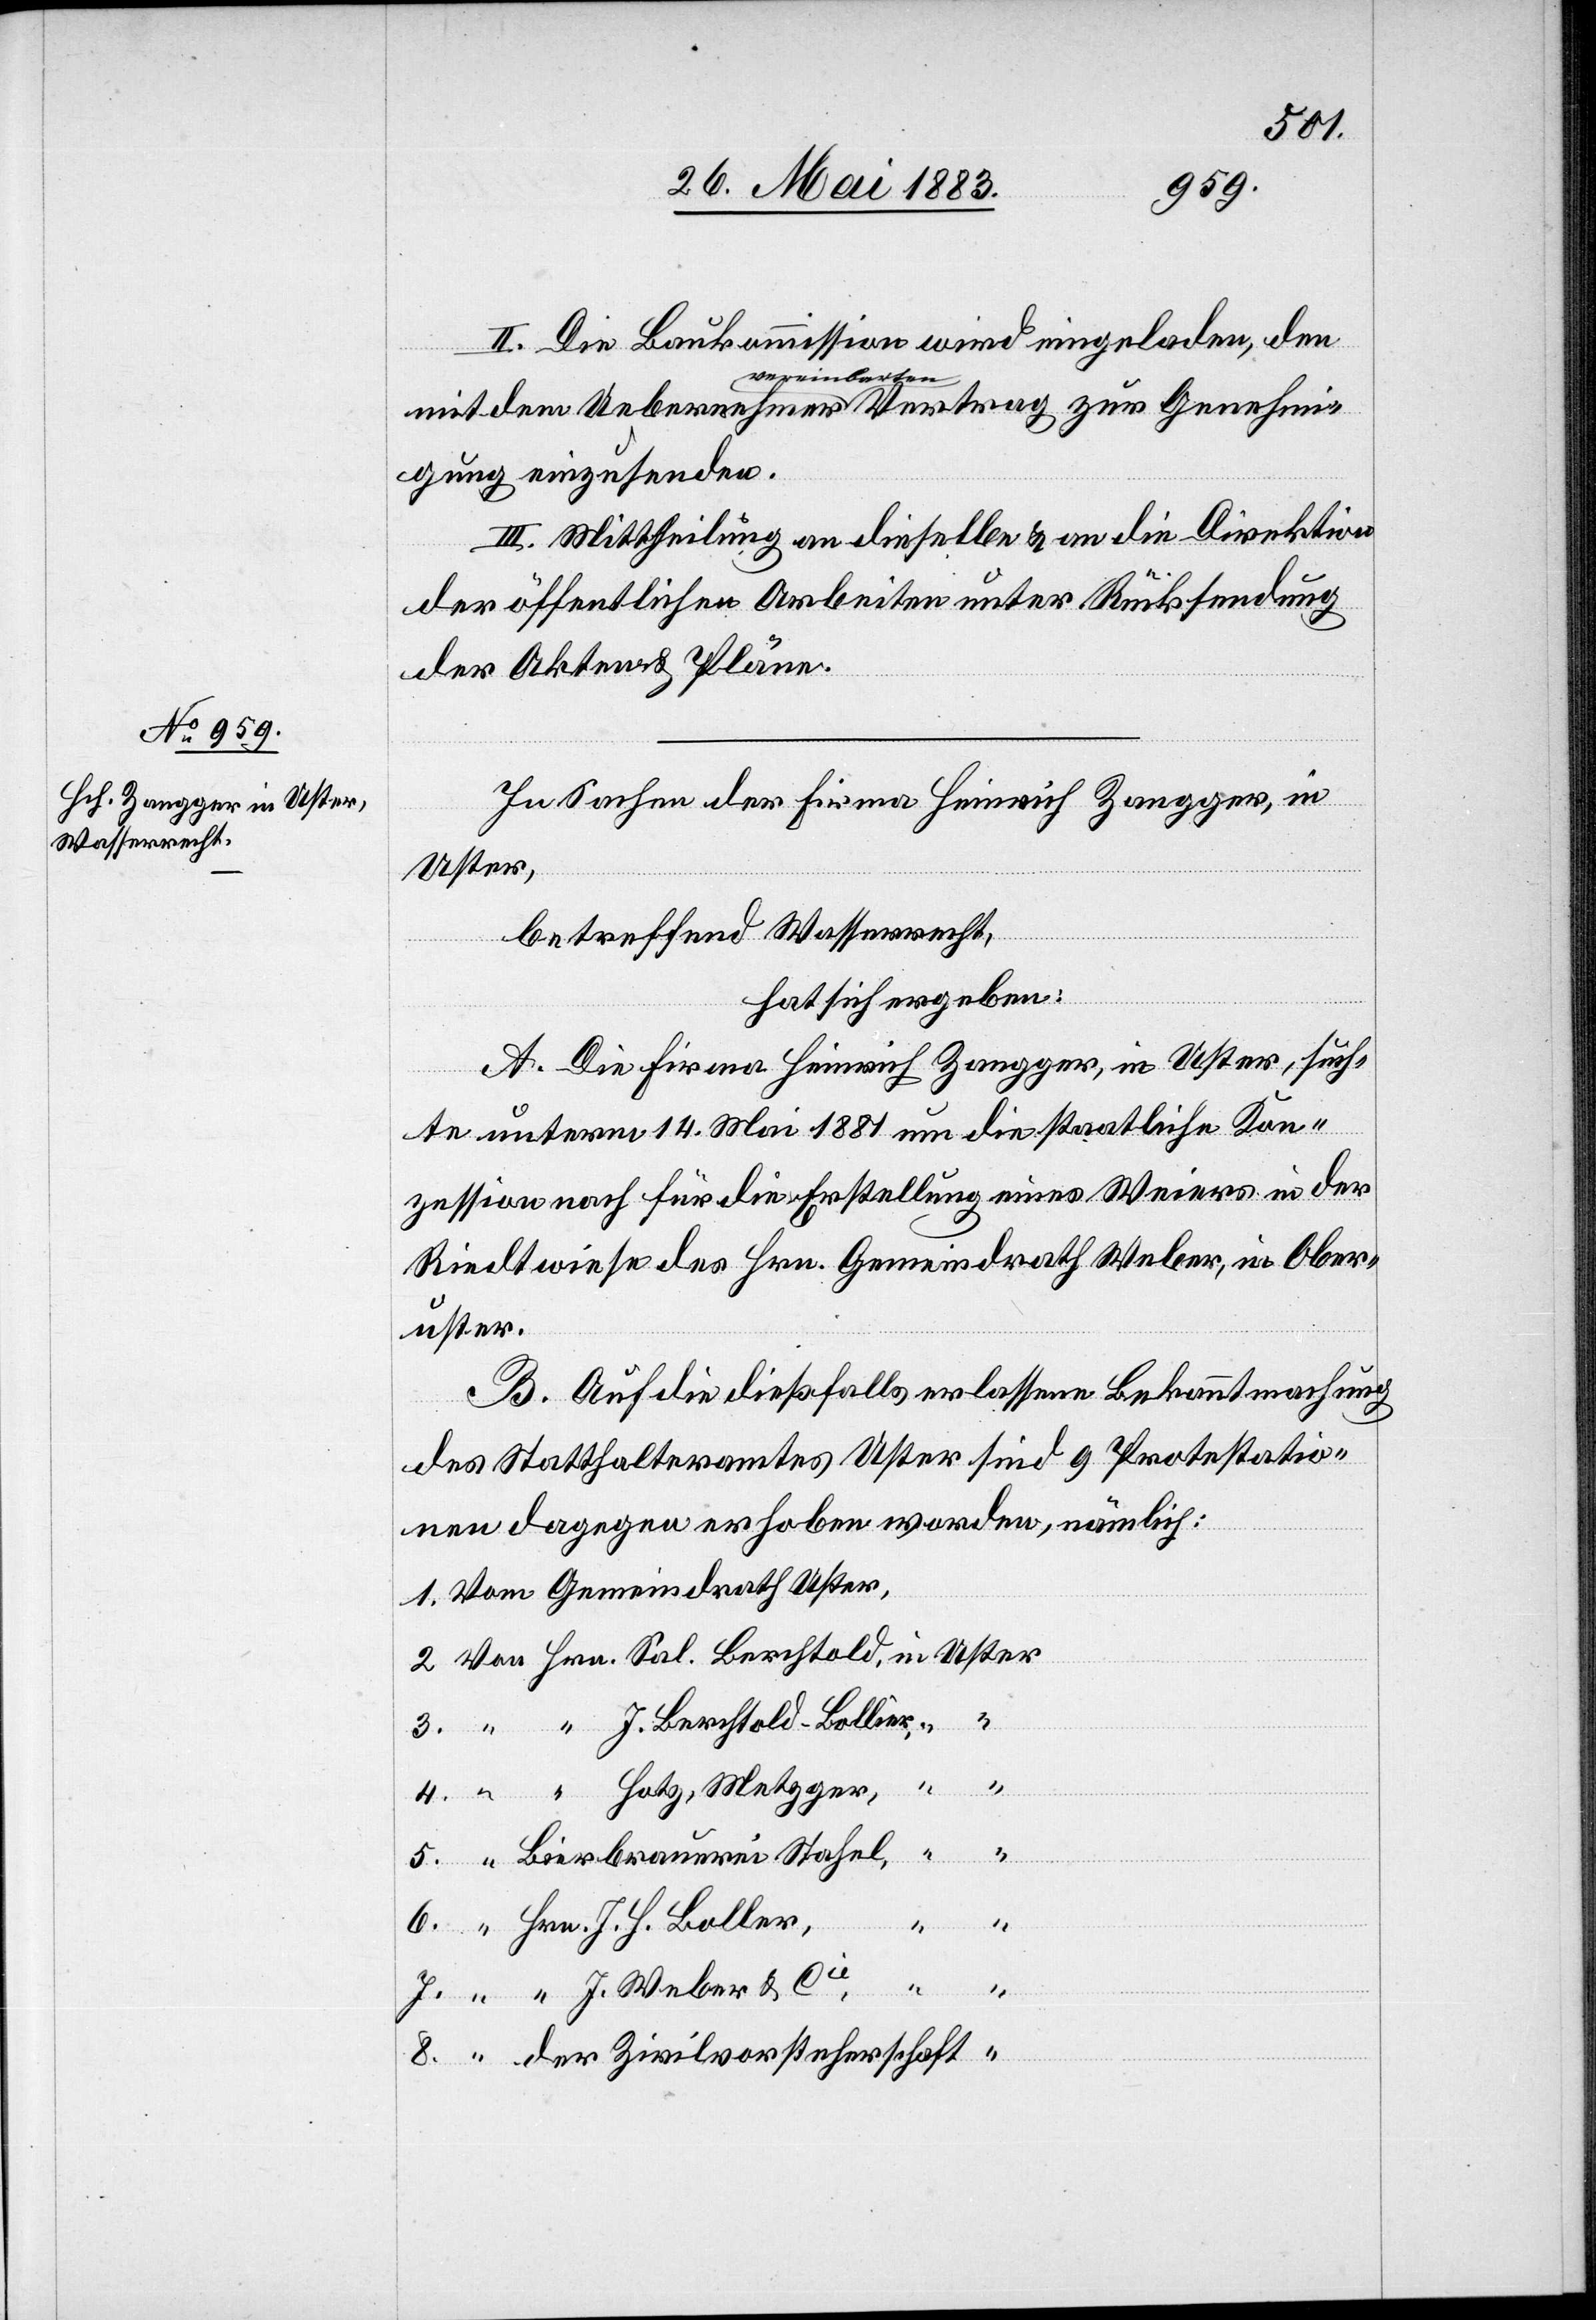
II. Die Baukommission wird eingeladen, den
inbarten
igung einzusenden.
III. Mittheilung an dieselbe & an die Direktion
der öffentlichen Arbeiten unter Rücksendung
der Akten & Pläne.
In Sachen der Firma Heinrich Zangger, in
Uster
betreffend Wasserrecht,
hat sich ergeben:
A. Die Firma Heinrich Zangger, in Uster, such¬
Genehm¬
te unterm 14. Mai 1881 um die staatliche Kon¬
zession nach für die Erstellung eines Weiers in der
Riedtwiese des Hrn. Gemeindrath Weber, in Ober¬
uster.
B. Auf die dießfalls erlassene Bekanntmachung
[in
des Statthalteramtes Uster sind 9 Protestatio¬
Ueber¬
nen dagegen erhoben worden, nämlich:
1. Vom Gemeindrath Uster,
Vertrag
2. Von Hrn. Sal. Berchtold, in Uster
3. “ “ J. Berchtold-Bollier,
4. “ “ Hotz, Metger, in
5. “ Bierbrauerei Stahel, “
6. “ Hrn. J. H. Boller,
7. “ “ J. Weber & Cie,
“
8. “ der Zivilvorsteherschaft